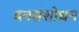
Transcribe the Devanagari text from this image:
वनसंशोधन